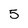
Character: 5